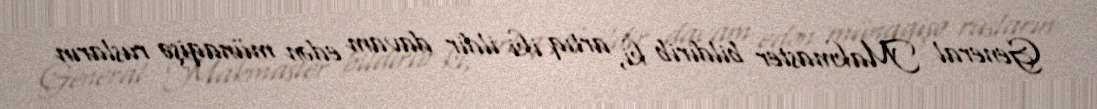
General Makmaster bildirib ki, artıq iki ildir davam edən münaqişə rusların